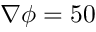
\nabla \phi = 5 0